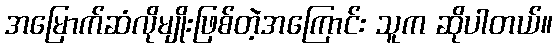
အမြောက်ဆံလိုမျိုးဖြစ်တဲ့အကြောင်း သူက ဆိုပါတယ်။